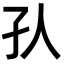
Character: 𡤿